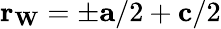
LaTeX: \mathbf{r_{W}}=\pm\mathbf{a}/2+\mathbf{c}/2